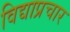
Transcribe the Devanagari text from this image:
विद्याप्रचार